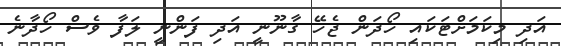
އަދި މިކަމަށްޓަކައި ހޯދަން ޖެހޭ ގާނޫނީ އަދި ފަންނީ ލަފާ ވެސް ހޯދާނެ